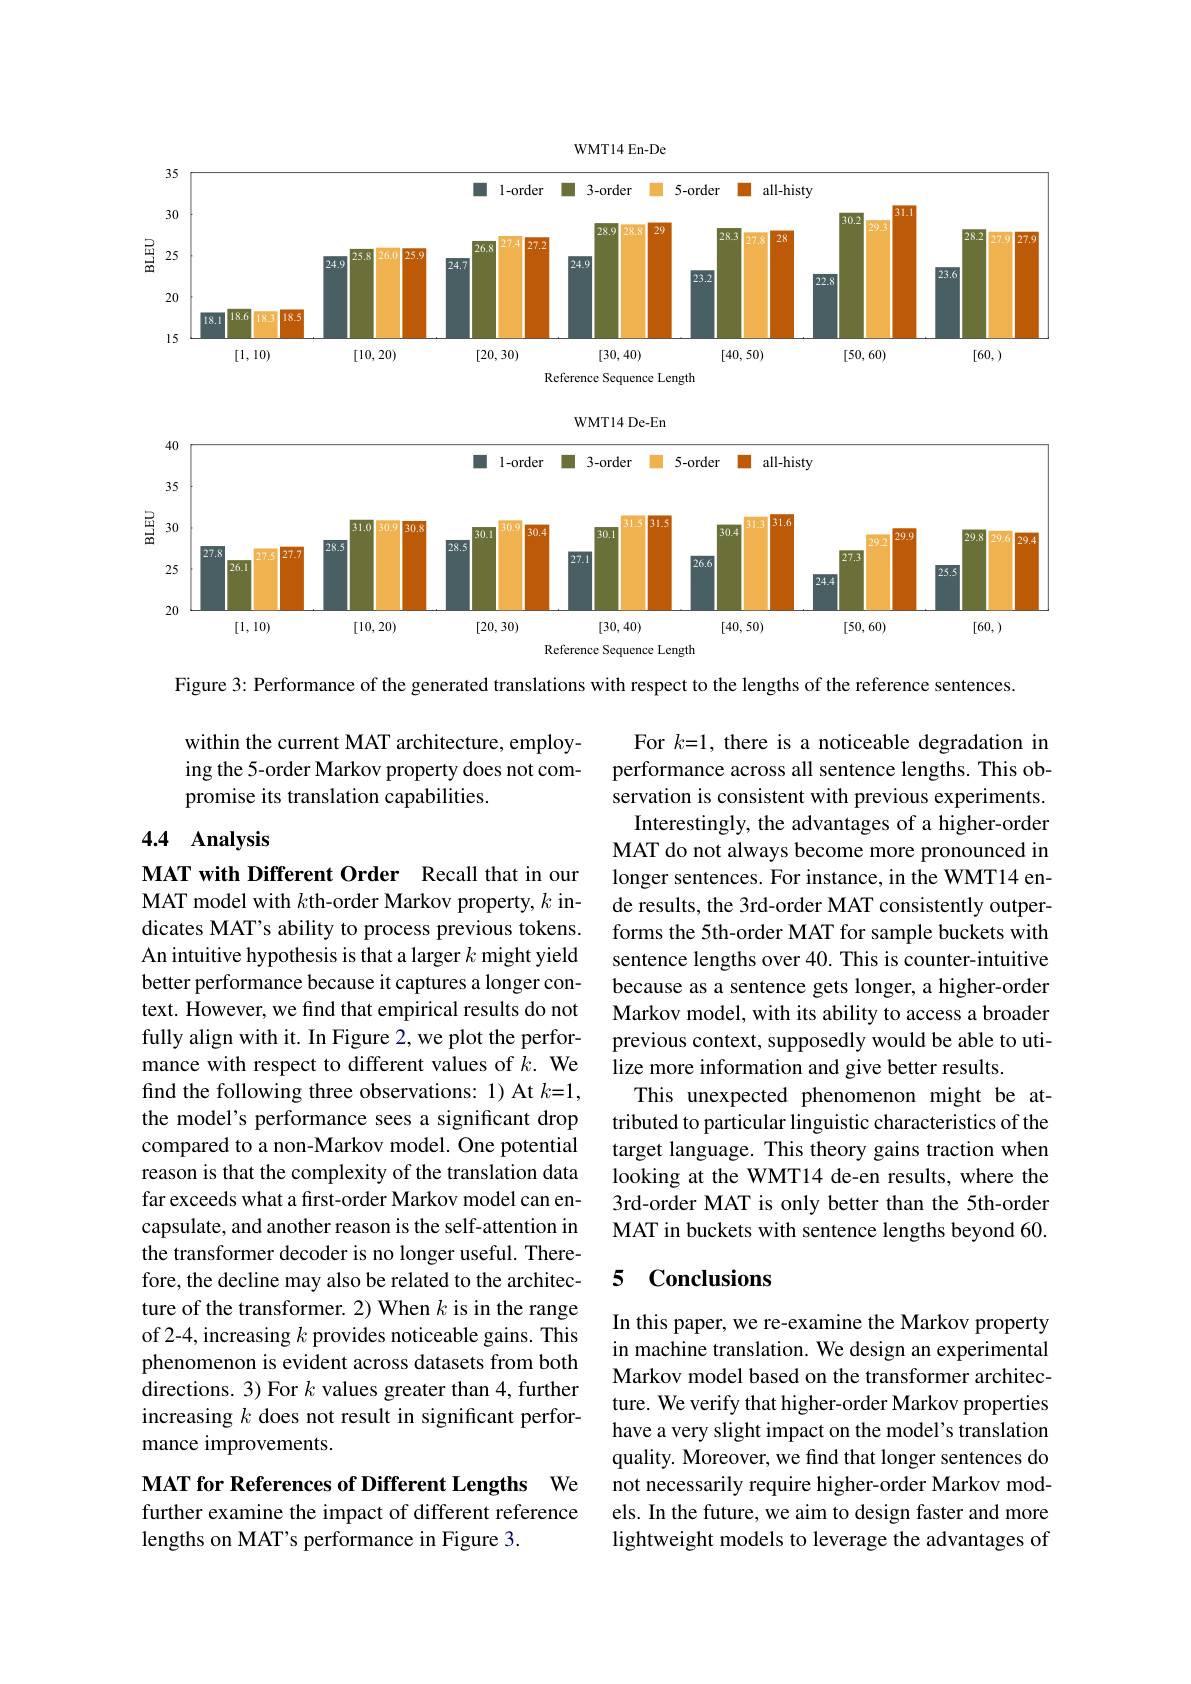
<FigureHere>

WMT14 De-En

<FigureHere>

Figure 3: Performance of the generated translations with respect to the lengths of the reference sentences

within the current MAT architecture, employing the 5-order Markov property does not compromise its translation capabilities.

## 4.4 Analysis

For $k=1$, there is a noticeable degradation in performance across all sentence lengths. This observation is consistent with previous experiments.
Interestingly, the advantages of a higher-order MAT do not always become more pronounced in longer sentences. For instance, in the WMT14 ende results, the 3rd-order MAT consistently outperforms the 5th-order MAT for sample buckets with sentence lengths over 40. This is counter-intuitive because as a sentence gets longer, a higher-order Markov model, with its ability to access a broader previous context, supposedly would be able to utilize more information and give better results.
This unexpected phenomenon might be attributed to particular linguistic characteristics of the target language. This theory gains traction when looking at the WMT14 de-en results, where the 3rd-order MAT is only better than the 5th-order MAT in buckets with sentence lengths beyond 60.

MAT with Different Order Recall that in our MAT model with $k$th-order Markov property, $k$ indicates MAT's ability to process previous tokens. An intuitive hypothesis is that a larger $k$ might yield better performance because it captures a longer context. However, we find that empirical results do not fully align with it. In Figure 2, we plot the performance with respect to different values of $k.$ We find the following three observations: 1) At $k=1$, the model's performance sees a significant drop compared to a non-Markov model. One potential reason is that the complexity of the translation data far exceeds what a first-order Markov model can encapsulate, and another reason is the self-attention in the transformer decoder is no longer useful. Therefore, the decline may also be related to the architecture of the transformer. 2) When $k$ is in the range of 2-4, increasing $k$ provides noticeable gains. This phenomenon is evident across datasets from both directions. 3) For $k$ values greater than 4, further increasing $k$ does not result in significant performance improvements.

### 5 Conclusions

In this paper, we re-examine the Markov property in machine translation. We design an experimental Markov model based on the transformer architecture. We verify that higher-order Markov properties have a very slight impact on the model's translation quality. Moreover, we find that longer sentences do not necessarily require higher-order Markov models. In the future, we aim to design faster and more lightweight models to leverage the advantages of

## MAT for References of Different Lengths We further examine the impact of different reference lengths on MAT's performance in Figure 3.